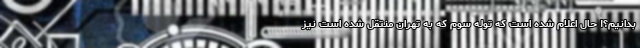
بدانیم؟! حال اعلام شده است که توله سوم که به تهران منتقل شده است نیز